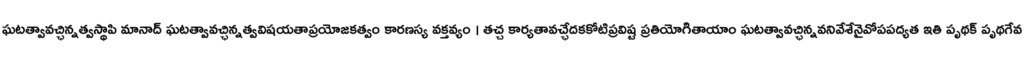
ఘటత్వావచ్ఛిన్నత్వస్థాపి మానాద్ ఘటత్వావచ్ఛిన్నత్వవిషయతాప్రయోజకత్వం కారణస్య వక్తవ్యం । తచ్చ కార్యతావచ్ఛేదకకోటిప్రవిష్ట ప్రతియోగితాయాం ఘటత్వావచ్ఛిన్నవనివేశేనైవోపపద్యత ఇతి పృథక్ పృథగేవ